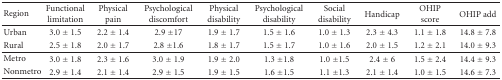
| Region | Functional limitation | Physical pain | Psychological discomfort | Physical disability | Psychological disability | Social disability | Handicap | OHIP score | OHIP add |
 | --- | --- | --- | --- | --- | --- | --- | --- | --- | --- |
 | Urban | 3.0 ± 1.5 | 2.2 ± 1.4 | 2.9 ±17 | 1.9 ± 1.7 | 1.5 ± 1.6 | 1.0 ± 1.3 | 2.3 ± 4.3 | 1.1 ± 1.8 | 14.8 ± 7.8 |
 | Rural | 2.5 ± 1.8 | 2.0 ± 1.7 | 2.8 ±1.6 | 1.8 ± 1.7 | 1.5 ± 1.7 | 1.0 ± 1.6 | 2.0 ± 1.5 | 1.2 ± 2.1 | 14.0 ± 9.3 |
 | Metro | 3.0 ± 1.8 | 2.3 ± 1.6 | 3.0 ± 1.9 | 1.9 ± 2.0 | 1.3 ±1.8 | 1.0 ±1.5 | 2.4 ± 6 | 1.5 ± 2.4 | 14.4 ± 9.3 |
 | Nonmetro | 2.9 ± 1.4 | 2.1 ± 1.4 | 2.9 ± 1.5 | 1.9 ± 1.5 | 1.6 ±1.5 | 1.1 ±1.3 | 2.1 ± 1.4 | 1.0 ± 1.5 | 14.6 ± 7.3 |